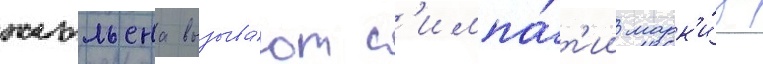
жюльена вызыва́ют с'импа́т'ии марк'и́за